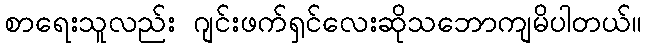
စာရေးသူလည်း ဂျင်းဖက်ရှင်လေးဆိုသဘောကျမိပါတယ်။